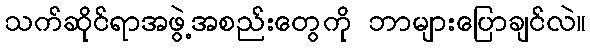
သက်ဆိုင်ရာအဖွဲ့အစည်းတွေကို ဘာများပြောချင်လဲ။